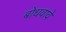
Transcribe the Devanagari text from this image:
बोधवावे